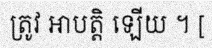
ត្រូវ អាបត្តិ ឡើយ ។ [